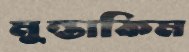
মুন্তাকিম